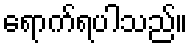
ရောက်ရပါသည်။